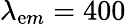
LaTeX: \lambda_{\mathrm{e}m}=400